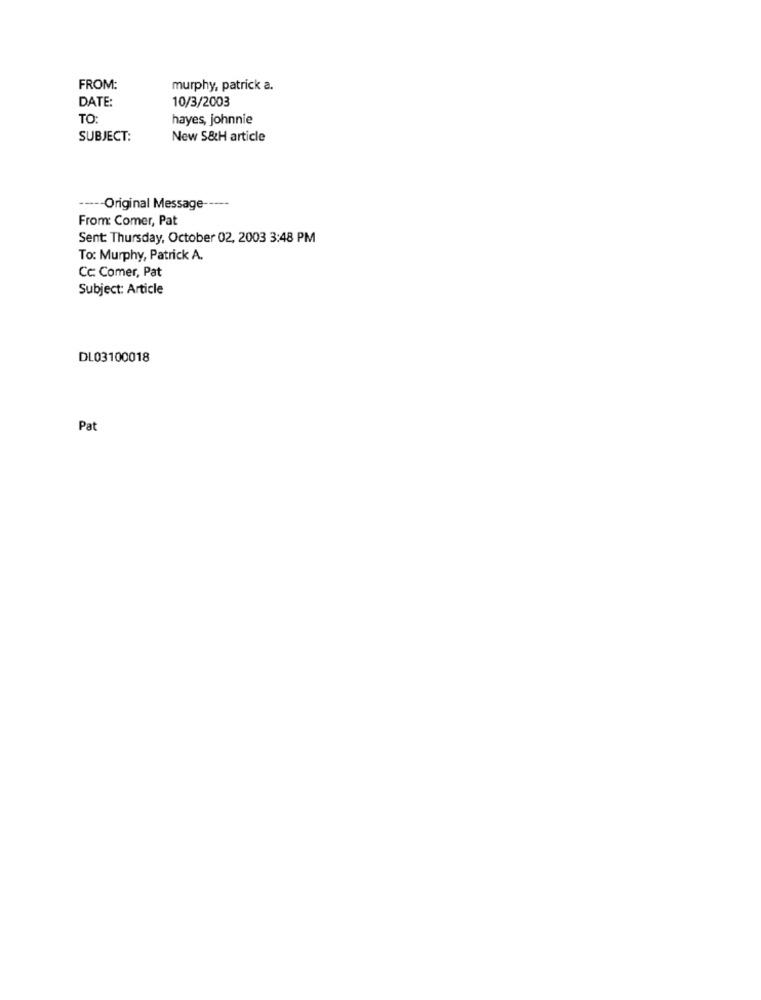
FROM:
murphy, patrick a.
DATE:
10/3/2003
TO:
hayes, johnnie
SUBJECT:
New S&H article
----- Original Message -----
From: Comer, Pat
Sent: Thursday, October 02, 2003 3:48 PM
To: Murphy, Patrick A.
Cc: Comer, Pat
Subject: Article
DL03100018
Pat